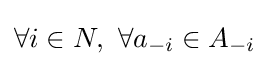
\forall i\in N,\ \forall {a_{-i}\in A_{-i}}